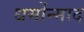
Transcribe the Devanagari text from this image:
धर्मोन्माद